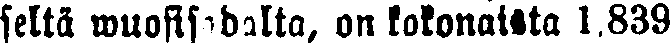
seltä wuosisadalta, on kokonaista 1,839